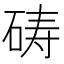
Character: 𪿞